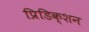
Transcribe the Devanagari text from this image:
प्रिडिक्शन